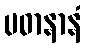
ပဓာနာနံ